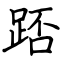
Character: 踎